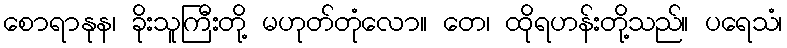
စောရာနုန၊ ခိုးသူကြီးတို့ မဟုတ်တုံလော။ တေ၊ ထိုရဟန်းတို့သည်။ ပရေသံ၊